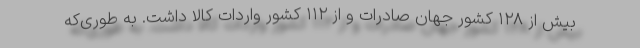
بیش از ۱۲۸ کشور جهان صادرات و از ۱۱۲ کشور واردات کالا داشت. به طوری‌که